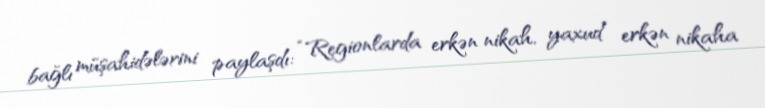
bağlı müşahidələrini paylaşdı: “Regionlarda erkən nikah, yaxud erkən nikaha